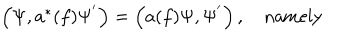
\begin{array} { c } { { \left( \Psi , a ^ { * } ( f ) \Psi ^ { ^ { \prime } } \right) = \left( a ( f ) \Psi , \Psi ^ { ^ { \prime } } \right) , \quad \mathrm { n a m e l y } } } \\ \end{array}